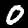
Digit: 0